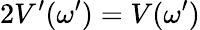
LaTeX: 2V^{\prime}(\omega^{\prime})=V(\omega^{\prime})